Vaccination in Bombay 1874-1876 - 1874-1876
Year: 1874
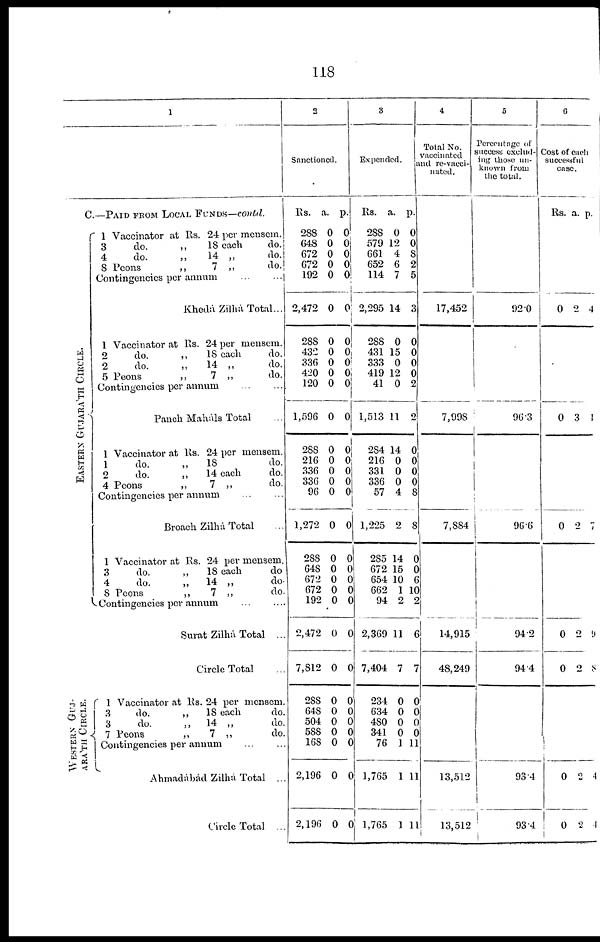
118
1
C.—PAID FROM LOCAL FUNDS—contd.
EASTERN GUJARA'TH CIRCLE.
WESTERN GUJ¬
ARA'TH CIRCLE.
1 Vaccinator at Rs. 24 per mensem.
3
do
„
18 each
do.
4
do
„
14 „
do.
8 Peons
„
7 „
do.
Contingencies per annum ...
...
Khedá Zilhá Total...
1 Vaccinator at Rs. 24 per mensem.
2
do
„
18 each
do.
2
do
„
14 „
do.
5 Peons
„
7 „
do.
Contingencies per annum
Panch Maháls Total
1 Vaccinator at Rs. 24 per mensem.
1
do
„
18
do.
2 do „ 14 each do.
4 Peons
„
7 „
do.
Contingencies per annum
Broach Zilhá Total
1 Vaccinator at Rs. 24 per mensem.
3
do
„
18 each
do
4 do „ 18 each do
8 Peons
„
7 „
do.
Contingencies per annum
Surat Zilhá Total ...
Circle Total
1 Vaccinator at Rs. 24 per mensem.
3
do
„
18 each
do.
3
do
„
14 „
do.
7 Peons
„
7 „
do.
Contingencies per annum
Circle Total
2
Sanctioned.
Rs.
288
648
672
672
192
2,472
288
432
336
420
120
1,596
288
216
336
336
96
1,272
288
648
672
672
192
2,472
7,812
288
648
504
588
168
2,196
2,196
a.
0
0
0
0
0
0
0
0
0
0
0
0
0
0
0
0
0
0
0
0
0
0
0
0
0
0
0
0
0
0
0
0
p.
0
0
0
0
0
0
0
0
0
0
0
0
0
0
0
0
0
0
0
0
0
0
0
0
0
0
0
0
0
0
0
0
3
Expended.
Rs.
288
579
661
652
114
2,295
288
431
333
419
41
1,513
284
216
331
336
57
1,225
285
672
654
662
94
2,369
7,404
234
634
480
341
76
1,765
1,765
a.
0
12
4
6
7
14
0
15
0
12
0
11
14
0
0
0
4
2
14
15
10
1
2
11
7
0
0
0
0
1
1
1
p.
0
0
8 2
5
3
0
0
0
0
2
2
0
0
0
0
8
8
0
0
6
10
2
6
7
0
0
0
0
11
11
11
4
Total No.
vaccinated
and re-vacci¬
nated.
17,452
7,998
7,884
14,915
48,249
13,512
13,512
5
Percentage of
success exclud-
ing those un-
known from
the total.
92.0
96.3
96.6
94.2
94.4
93.4
93.4
6
Cost of each
successful
case.
Rs. a. p.
0 2 4
0 3 1
0 2 7
0
0
2
2
9
8
0
0
0
2
4
4